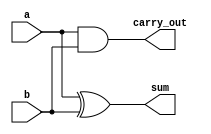
module half_adder(sum, carry_out, a, b);
	input a, b;
	output sum, carry_out;

	xor X(sum, a, b);
	and A(carry_out, a, b);
endmodule